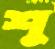
শু